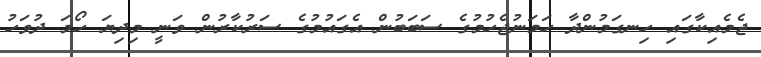
ޖެމެއިކާގައި ހިނގަމުންދާ ހަމަނުޖެހުމުގެ ސަބަބުން އެގައުމުގެ ސަރުކާރުން ވަނީ މިދިޔަ ހޯމަ ދުވަހު